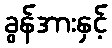
ခွန်အားနှင့်